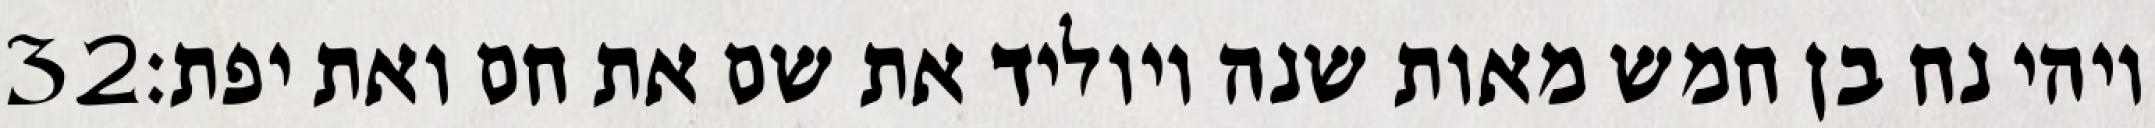
‎32‏ ויהי נח בן חמש מאות שנה ויוליד את שם את חם ואת יפת׃